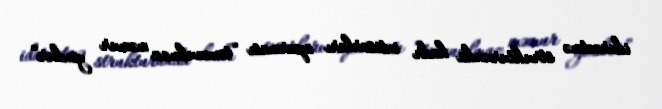
idarəetmə strukturunda kadr ixtisarları aparması “toxunulmaz məmur yoxdur”